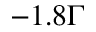
- 1 . 8 \Gamma